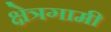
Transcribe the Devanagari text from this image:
क्षेत्रगामी